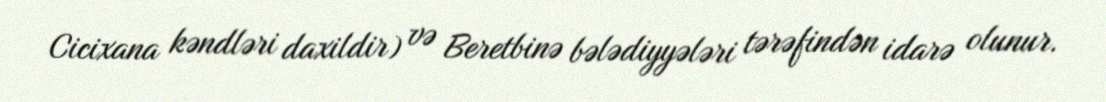
Cicixana kəndləri daxildir) və Beretbinə bələdiyyələri tərəfindən idarə olunur.